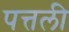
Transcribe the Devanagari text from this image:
पत्तली